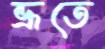
ভ্রূতে